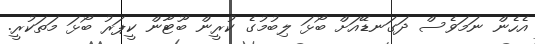
އެހެން ނަމަވެސް ދަގަނޑޭއަށް ބޯޅަ ލިބުމުގެ ކުރީން ބޫޓާން ކީޕަރު ބޯޅަ މަތަކުރީ.